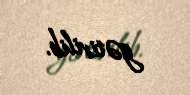
gətirilib.